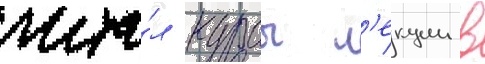
чита́л курсы л'екции в